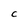
Character: C